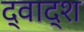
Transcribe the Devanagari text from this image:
द्वाद्श